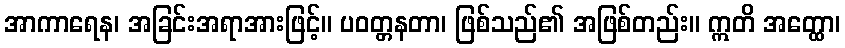
အာကာရေန၊ အခြင်းအရာအားဖြင့်။ ပဝတ္တနတာ၊ ဖြစ်သည်၏ အဖြစ်တည်း။ ဣတိ အတ္ထော၊